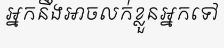
អ្នកនឹងអាចលក់ខ្លួនអ្នកទៅ